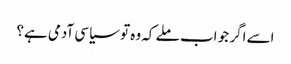
اسے اگر جو اب ملے کہ وہ تو سیاسی آدمی ہے؟